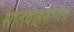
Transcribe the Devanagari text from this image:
सातवाहनांनीच